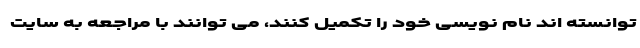
توانسته اند نام نویسی خود را تکمیل کنند، می توانند با مراجعه به سایت